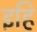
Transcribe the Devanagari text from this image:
इहि